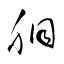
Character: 胴